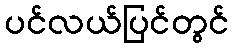
ပင်လယ်ပြင်တွင်